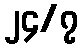
၂၄/၇